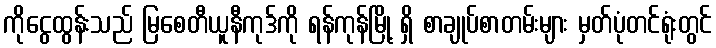
ကိုငွေထွန်းသည် မြစေတီယူနီကုဒ်ကို ရန်ကုန်မြို့ ရှိ စာချုပ်စာတမ်းများ မှတ်ပုံတင်ရုံးတွင်